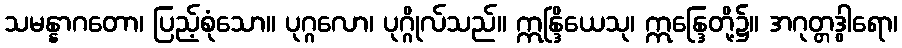
သမန္နာဂတော၊ ပြည့်စုံသော။ ပုဂ္ဂလော၊ ပုဂ္ဂိုလ်သည်။ ဣန္ဒြိယေသု၊ ဣန္ဒြေတို့၌။ အဂုတ္တဒွါရော၊